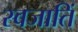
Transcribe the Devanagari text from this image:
स्वजातिं